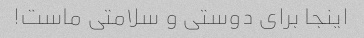
اینجا برای دوستی و سلامتی ماست!